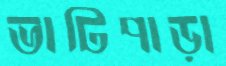
ভাটিপাড়া